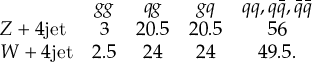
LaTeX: \begin{array} { l c c c c } { { } } & { { g g } } & { { q g } } & { { g q } } & { { q q , q \bar { q } , \bar { q } \bar { q } } } \\ { { Z + 4 \mathrm { j e t } } } & { { 3 } } & { { 2 0 . 5 } } & { { 2 0 . 5 } } & { { 5 6 } } \\ { { W + 4 \mathrm { j e t } } } & { { 2 . 5 } } & { { 2 4 } } & { { 2 4 } } & { { 4 9 . 5 . } } \end{array}